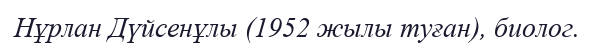
Нұрлан Дүйсенұлы (1952 жылы туған), биолог.